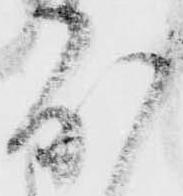
度